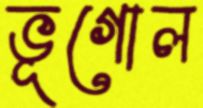
ভূগোল